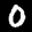
Label: 0